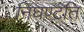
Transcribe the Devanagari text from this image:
निघण्टति